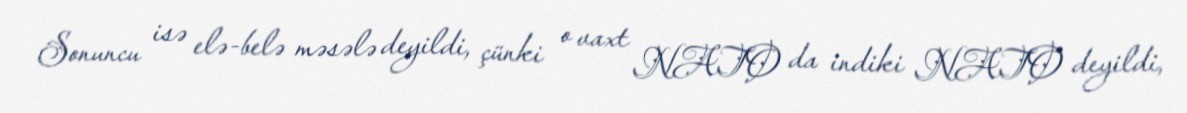
Sonuncu isə elə-belə məsələ deyildi, çünki o vaxt NATO da indiki NATO deyildi,